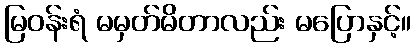
မြဝန်းရံ မမှတ်မိတာလည်း မပြောနှင့်။